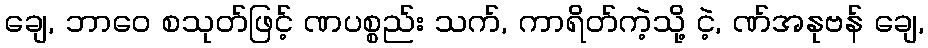
ချေ, ဘာဝေ စသုတ်ဖြင့် ဏပစ္စည်း သက်, ကာရိတ်ကဲ့သို့ ငဲ့, ဏ်အနုဗန် ချေ,